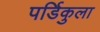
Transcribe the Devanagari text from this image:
पर्डिकुला